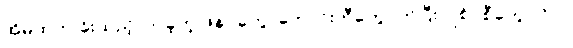
အိမ်ထဲက ခိုးထည့်လာခဲ့တဲ့ ဖိနပ်တွေ၊ ဘောင်းဘီတွေဝတ်ပြီး ဂျစ်ပစီတွေ လိုပဲ။